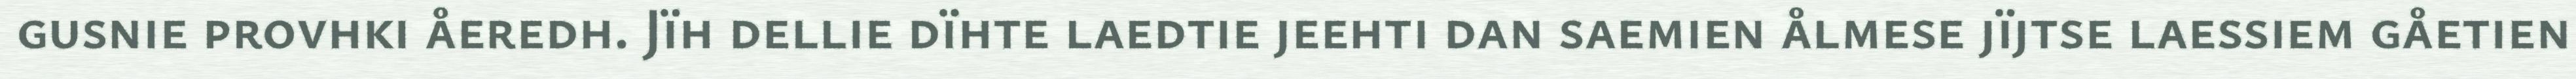
gusnie provhki åeredh. Jïh dellie dïhte laedtie jeehti dan saemien ålmese jïjtse laessiem gåetien